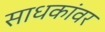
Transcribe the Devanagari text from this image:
साधकांवर